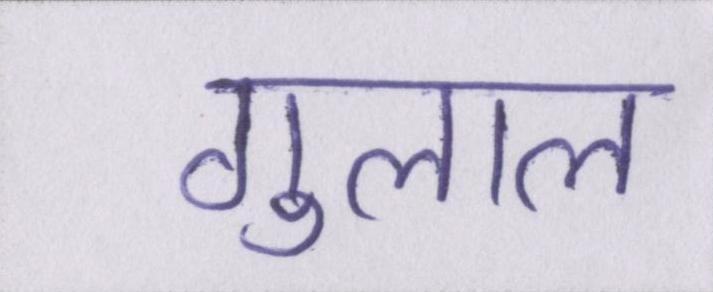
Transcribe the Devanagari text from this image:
गुलाल